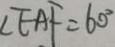
\angle E A F = 6 0 ^ { \circ }